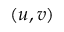
( u , v )